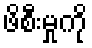
ဖိစီးမှုကို